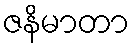
ဇနိမာတာ